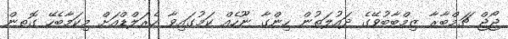
ޖޯޖް ޗަމްބާރާ ޒިމްބާބުވޭގެ ދައުލަތުން ހިންގާ ނޫހެއް ކަމުގައިވާ ހެރަލްޑްއަށް މިކަމާބެހޭ ގޮތން